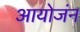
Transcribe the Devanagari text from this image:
आयोजंन